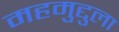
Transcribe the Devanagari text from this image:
महमुद्दुला